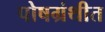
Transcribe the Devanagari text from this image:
पोषग्रंथीत